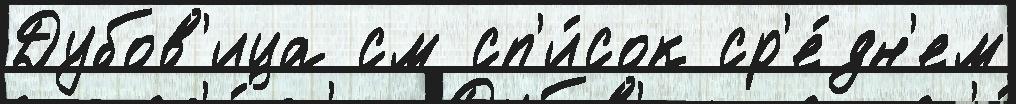
Дубов'ица см сп'и́сок ср'е́дн'ем